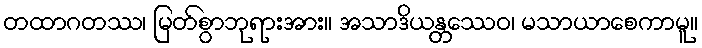
တထာဂတဿ၊ မြတ်စွာဘုရားအား။ အသာဒိယန္တဿေဝ၊ မသာယာစေကာမူ။